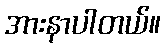
အားနာပါတယ်။